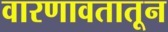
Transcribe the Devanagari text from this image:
वारणावतातून